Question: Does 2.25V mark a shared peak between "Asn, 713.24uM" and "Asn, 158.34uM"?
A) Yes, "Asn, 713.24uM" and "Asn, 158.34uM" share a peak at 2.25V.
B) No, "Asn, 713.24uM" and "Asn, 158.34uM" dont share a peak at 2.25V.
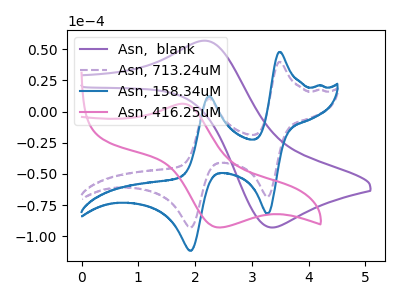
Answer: <think>The purple curve "Asn,  blank" has an anodic peak at (2.20V, 56.80uA) and a cathodic peak at (3.35V, -93.05uA). The purple dashed curve "Asn, 713.24uM" has anodic peaks at (3.50V, 39.85uA) (2.25V, 10.40uA) and cathodic peaks at (3.30V, -68.50uA) (1.95V, -93.05uA). The blue curve "Asn, 158.34uM" has anodic peaks at (3.50V, 47.85uA) (2.25V, 12.45uA) and cathodic peaks at (3.30V, -82.20uA) (1.95V, -111.75uA). The pink curve "Asn, 416.25uM" has an anodic peak at (1.80V, 6.30uA) and a cathodic peak at (2.45V, -93.05uA).</think>
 <answer>A) Yes, "Asn, 713.24uM" and "Asn, 158.34uM" share a peak at 2.25V.</answer>
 <eval>A</eval>